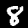
Label: 8